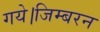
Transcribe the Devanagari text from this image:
गये।जिम्बरन